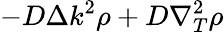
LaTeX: -D\Delta k^{2}\rho+D\nabla_{T}^{2}\rho